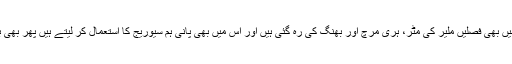
گو اب تو مضافات میں بھی فصلیں ملیر کی مٹر، ہری مرچ اور بھنگ کی رہ گئی ہیں اور اس میں بھی پانی ہم سیوریج کا استعمال کر لیتے ہیں پھر بھی بارش تو بارش ہے ۔